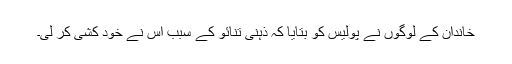
خاندان کے لوگوں نے پولیس کو بتایا کہ ذہنی تنائو کے سبب اس نے خود کشی کر لی۔